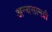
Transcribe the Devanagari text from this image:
अन्यसामग्री